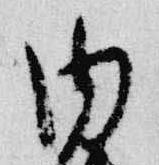
内